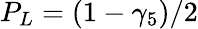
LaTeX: P_{L}=(1-\gamma_{5})/2